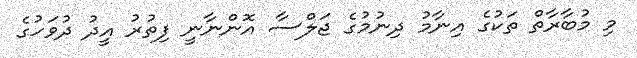
މި މުބާރާތް ތަކުގެ އިނާމު ދިނުމުގެ ޖަލްސާ އޮންނާނީ ފިތުރު އީދު ދުވަހުގެ